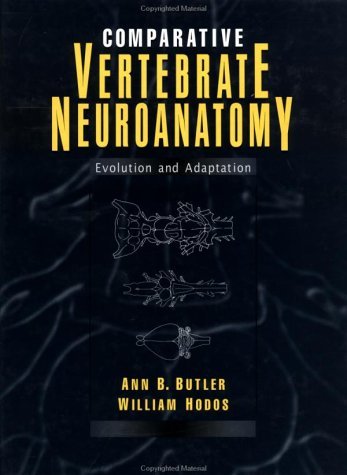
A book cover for By Ann B. Butler - Comparative Vertebrate Neuroanatomy: Evolution and Adaptation: 1st (first) Edition; William Hodos, William Hodos, William Hodos Ann B. Butler; Medical Books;